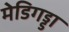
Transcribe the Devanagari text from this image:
मेडिगड्डा